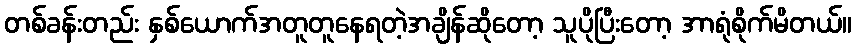
တစ်ခန်းတည်း နှစ်ယောက်အတူတူနေရတဲ့အချိန်ဆိုတော့ သူပိုပြီးတော့ အာရုံစိုက်မိတယ်။